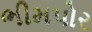
ભીમપોર